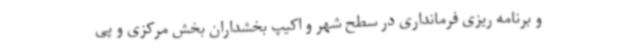
و برنامه ریزی فرمانداری در سطح شهر و اکیپ بخشداران بخش مرکزی و پی